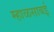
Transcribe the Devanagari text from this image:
म्हाळसाबई